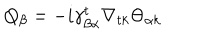
LaTeX: Q _ { \beta } = - i \gamma _ { \beta \alpha } ^ { t } \nabla _ { t k } \Theta _ { \alpha k }